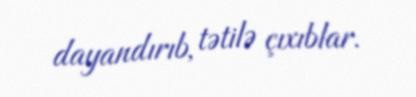
dayandırıb, tətilə çıxıblar.